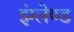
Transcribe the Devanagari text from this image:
इंग्लेण्ड